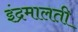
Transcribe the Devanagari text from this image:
इंद्रमालती